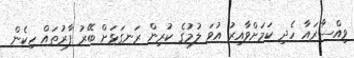
ވިއްސާރައާ ހެދި ކަމަށްވާއިރު އުވަ ލުމުގެ ކުރިން ރަނގަޅަށް ބޭރު ފާރުތައް ހިކެން